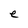
Character: e